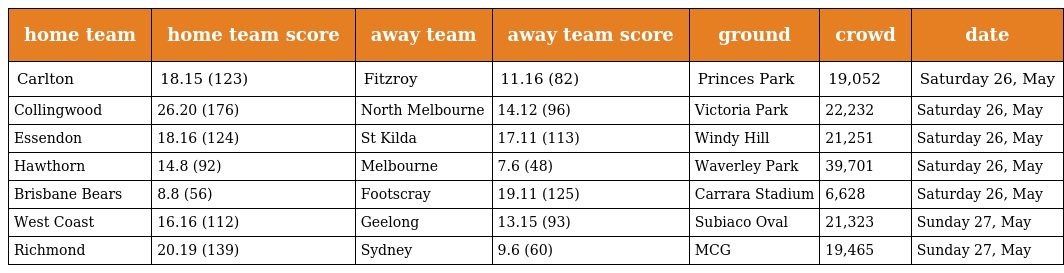
| home team | home team score | away team | away team score | ground | crowd | date |
 | --- | --- | --- | --- | --- | --- | --- |
 | Carlton | 18.15 (123) | Fitzroy | 11.16 (82) | Princes Park | 19,052 | Saturday 26, May |
 | Collingwood | 26.20 (176) | North Melbourne | 14.12 (96) | Victoria Park | 22,232 | Saturday 26, May |
 | Essendon | 18.16 (124) | St Kilda | 17.11 (113) | Windy Hill | 21,251 | Saturday 26, May |
 | Hawthorn | 14.8 (92) | Melbourne | 7.6 (48) | Waverley Park | 39,701 | Saturday 26, May |
 | Brisbane Bears | 8.8 (56) | Footscray | 19.11 (125) | Carrara Stadium | 6,628 | Saturday 26, May |
 | West Coast | 16.16 (112) | Geelong | 13.15 (93) | Subiaco Oval | 21,323 | Sunday 27, May |
 | Richmond | 20.19 (139) | Sydney | 9.6 (60) | MCG | 19,465 | Sunday 27, May |